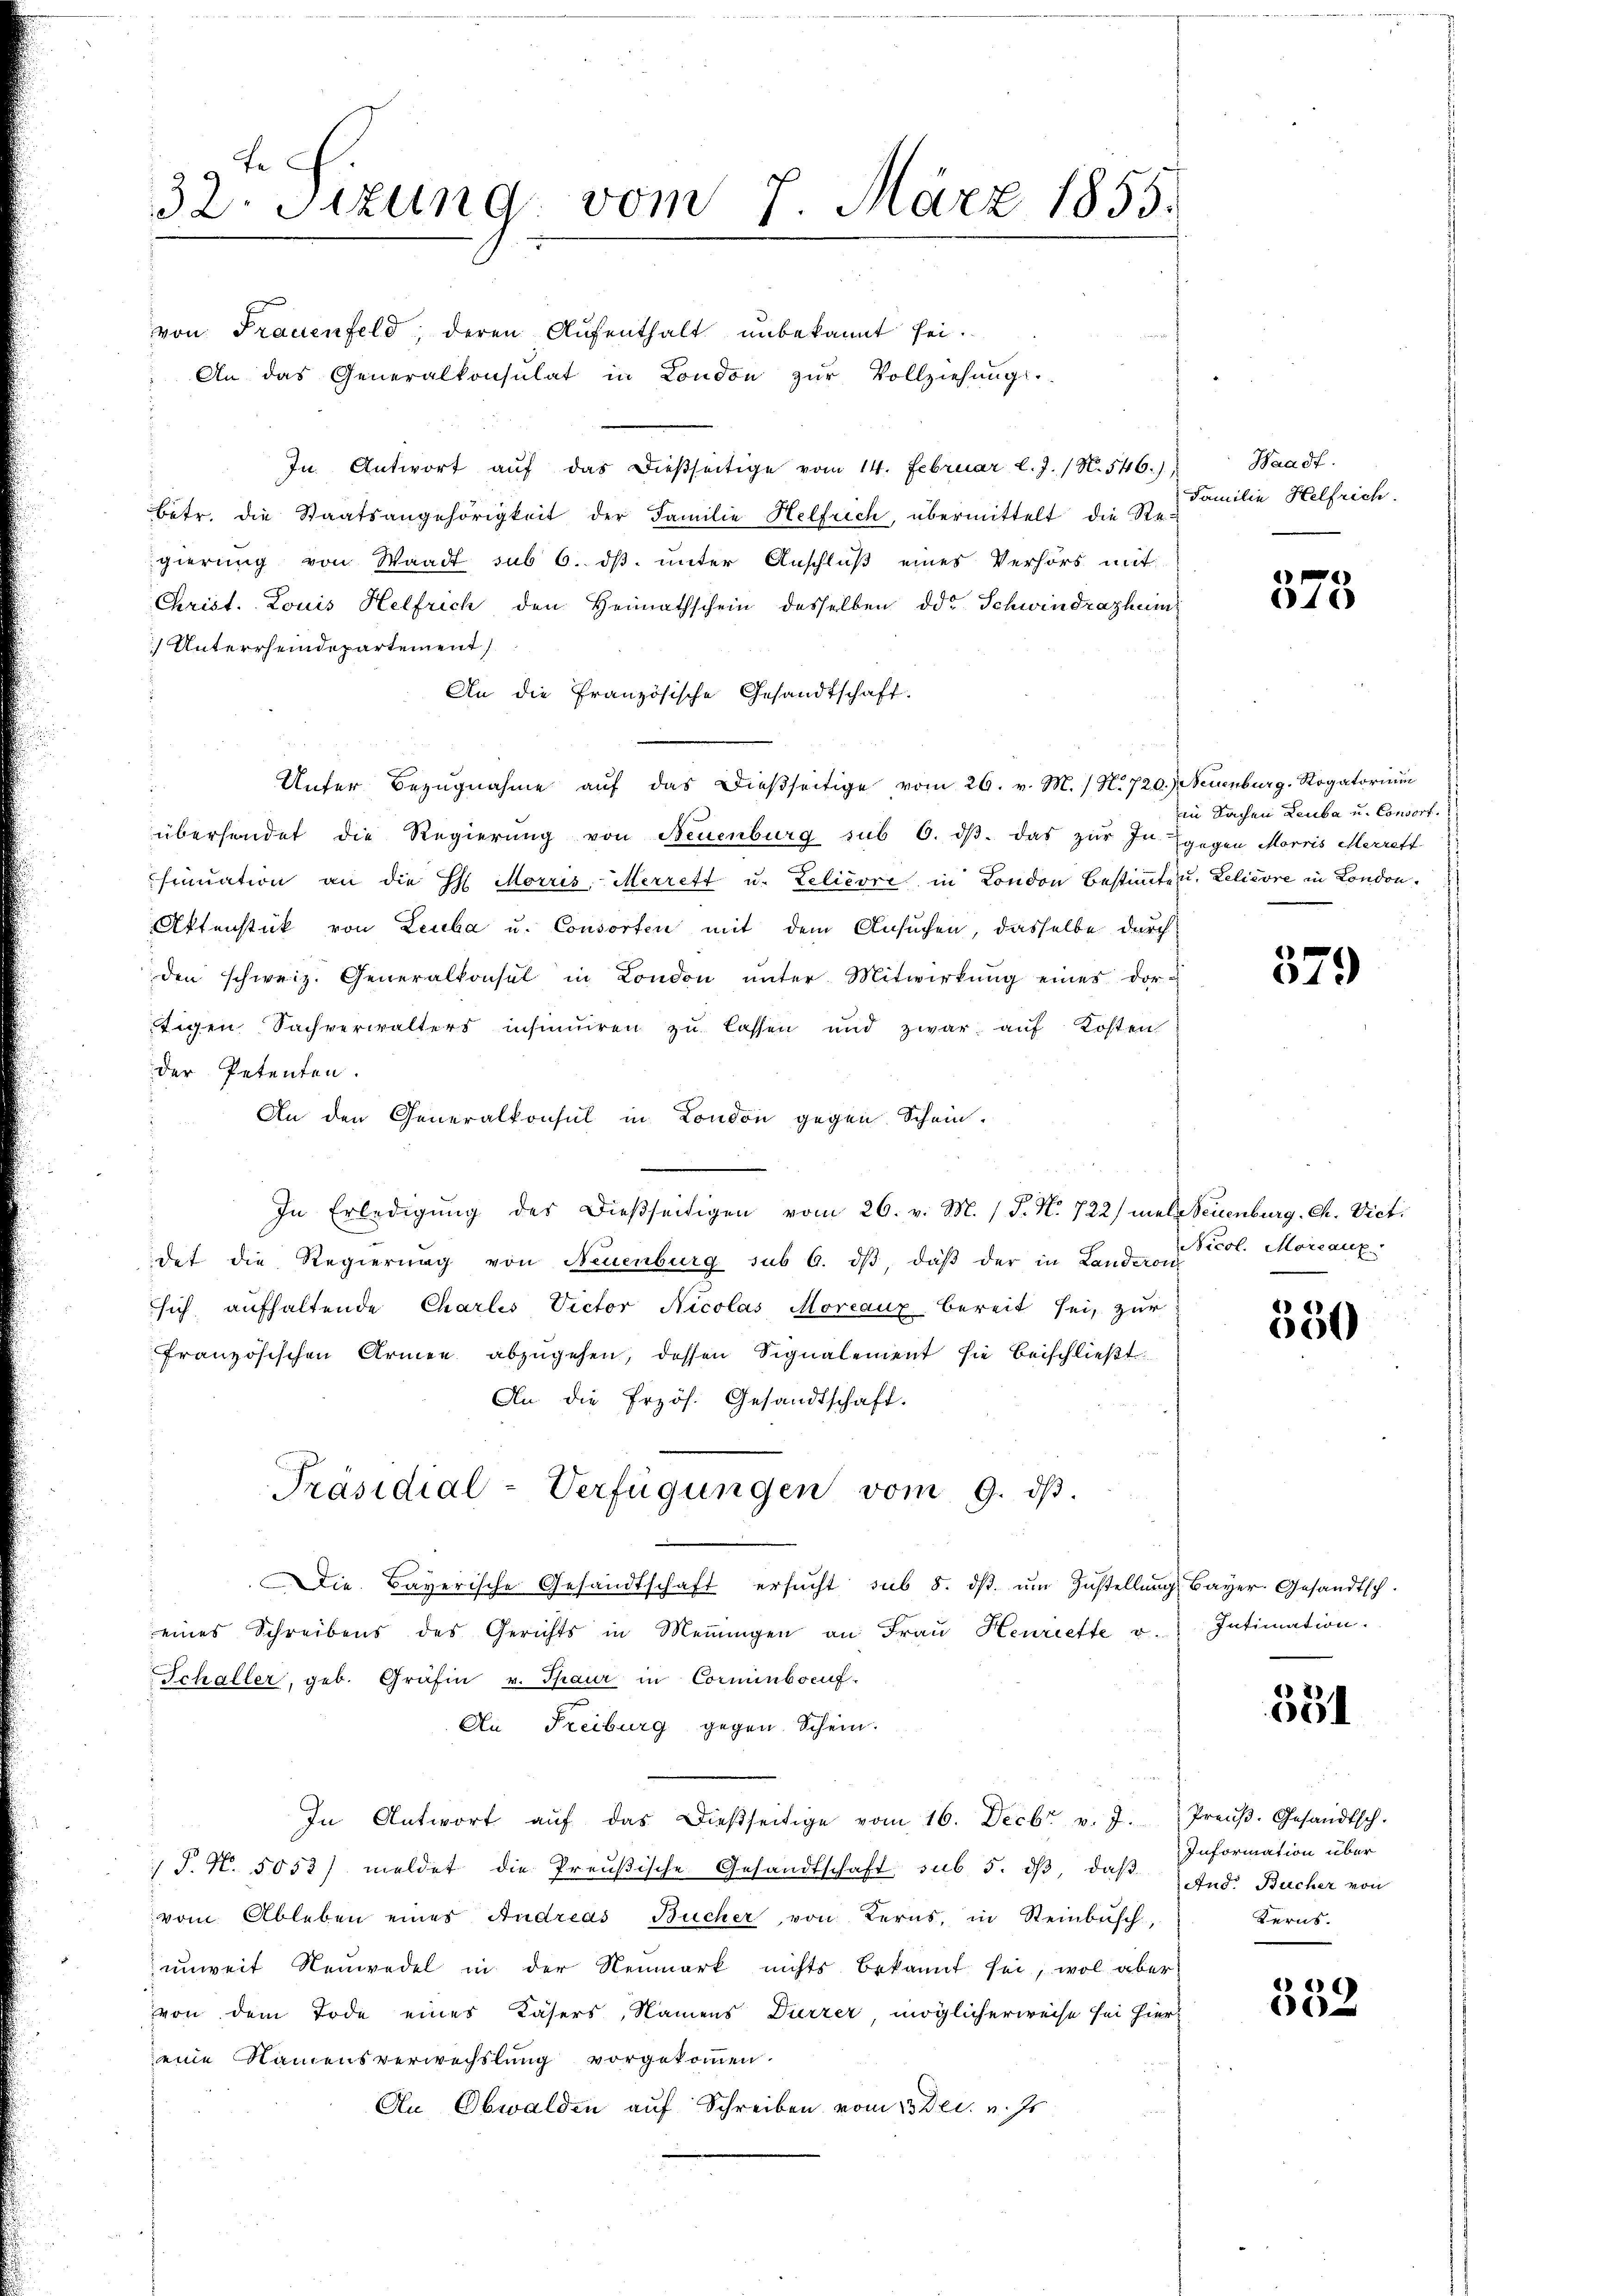
te
32. Sizung vom 7. März 1855.

von Frauenfeld, deren Aufenthalt unbekannt sei.
An das Generalkonsulat in London zŭr Vollziehung.
In Antwort aŭf das dießseitige vom 14. Februar l. J. (N. 546.)
betr. die Staatsangehörigkeit der Familie Helfrich, übermittelt die Regierung von Waadt sub 6. ds. unter Anschluß eines Verhörs mit
Christ. Louis Helfrich den Heimathschein desselben ddo. Schwindrathem
) Unterrheindepartement
An die französische Gesandtschaft.
Unter Bezugnahme auf das dießseitige vom 26. v. M. / N. 720.) Neuenburg. Rogatorium
überhandet die Regierung von Neuenburg sub 6. dβ. das zur In Egegen Morris Marrett
sinuation an die H. Morris Merrett u. Zelièvre in London bestimmten. Lelièvre in London¬
Aktenstück von Leuba u. Consorten mit dem Ansuchen, dasselbe durch
den schweiz. Generalkonsul in London unter Mitwirkung eines dortigen Sachverwalters insinuiren zŭ lassen und zwar aŭf Kosten
der Petenten.
An den Generalkonsul in London gegen Schein-
In Erledigung des dießseitigen vom 26. v. M. (T. No. 722/ mals Neuenburg Ch. Vict.
det die Regierung von Neuenburg sub 6. dβ, daβ der in Landeron
sich aufhaltende Charlis Victor Nicolas Moreaux bereit sei, zur
französischen Armee abzugehen, dessen Signalement sie beischließt:
An die Przös. Gesandtschaft.
Präsidial-Verfügungen vom 9. dβ.
Die Bayerische Gesandtschaft ersŭcht sub 5. dβ ŭm Zŭstellŭng Bayer. Gesandtsch.
eines Schreibens des Gerichts in Meṅŭngen an Fraŭ Henriette u. Intimation.
Schaller, geb. Gräfin v. Thaur in Comminbocuf-
An Freiburg gegen Schein.
In Antwort aŭf das dießseitige vom 16. Decbr v. J.
 P. N. 5053/ meldet die Preußische Gesandtschaft sub 5. dβ, daß
vom Ableben eines Andreas Bücher, von Terns, in Steinbusch,
unweit Neuwadel in der Neumark nichts bekannt sei, wol aber
von dem Tode eines Kasers, Namens Dürrer, möglicherweise sei hier
eine Namensverwechslung vorgekommen.
An Obwalden auf Schreiben vom 23 Dec. v. Js

Waadt.
Familie Helfrich.

40

in Sachen Leuba u. Consort.

379

Nicol. Morcauz

550

531

Preuß. Gesandtsch.
Information über
And. Bucher von
Kerns.

) 2)
02